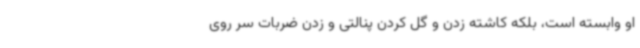
او وابسته است، بلکه کاشته زدن و گل کردن پنالتی و زدن ضربات سر روی